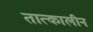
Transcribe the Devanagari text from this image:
तात्‍कालीन